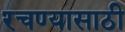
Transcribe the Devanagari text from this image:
रचण्यासाठी